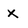
Character: x